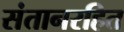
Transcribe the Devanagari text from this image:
संतानरहित